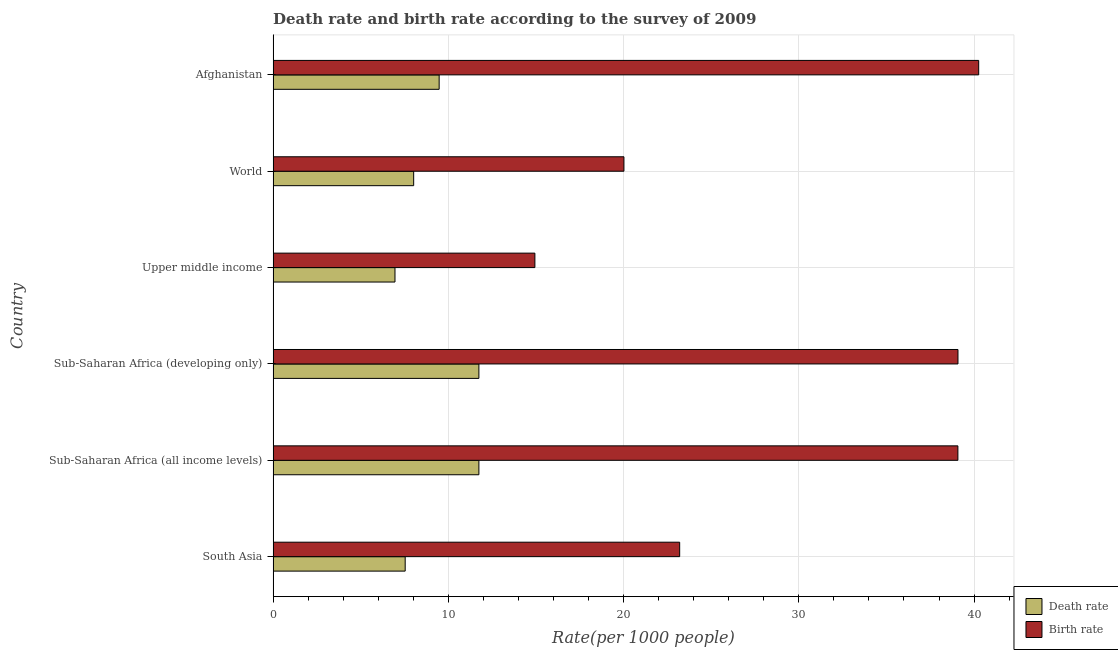
| Country | Death rate | Birth rate |
 | --- | --- | --- |
 | South Asia | 7.54 | 23.2 |
 | Sub-Saharan Africa (all income levels) | 11.7 | 39.1 |
 | Sub-Saharan Africa (developing only) | 11.7 | 39.1 |
 | Upper middle income | 6.95 | 14.9 |
 | World | 8.02 | 20 |
 | Afghanistan | 9.47 | 40.3 |